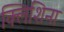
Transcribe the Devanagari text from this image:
क्लिशिना